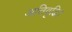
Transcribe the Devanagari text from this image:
अतिवृद्धि।